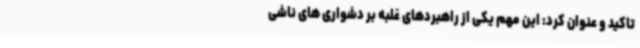
تاکید و عنوان کرد: این مهم یکی از راهبردهای غلبه بر دشواری های ناشی